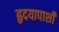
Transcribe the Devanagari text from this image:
हृदयापाशी